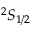
^ 2 S _ { 1 / 2 }